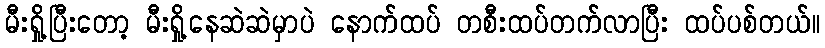
မီးရှို့ပြီးတော့ မီးရှို့နေဆဲဆဲမှာပဲ နောက်ထပ် တစီးထပ်တက်လာပြီး ထပ်ပစ်တယ်။